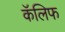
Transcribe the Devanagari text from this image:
कॅलिफ